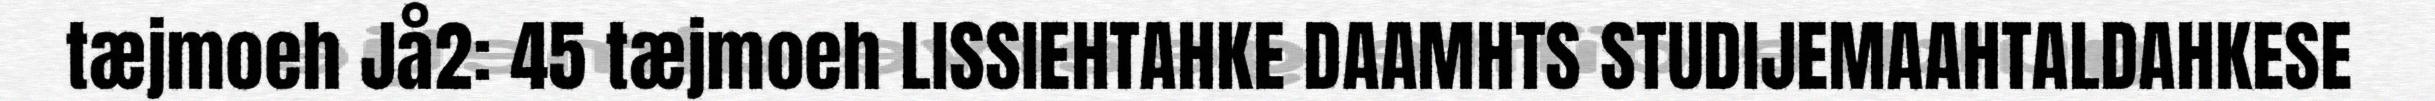
tæjmoeh Jå2: 45 tæjmoeh LISSIEHTAHKE DAAMHTS STUDIJEMAAHTALDAHKESE